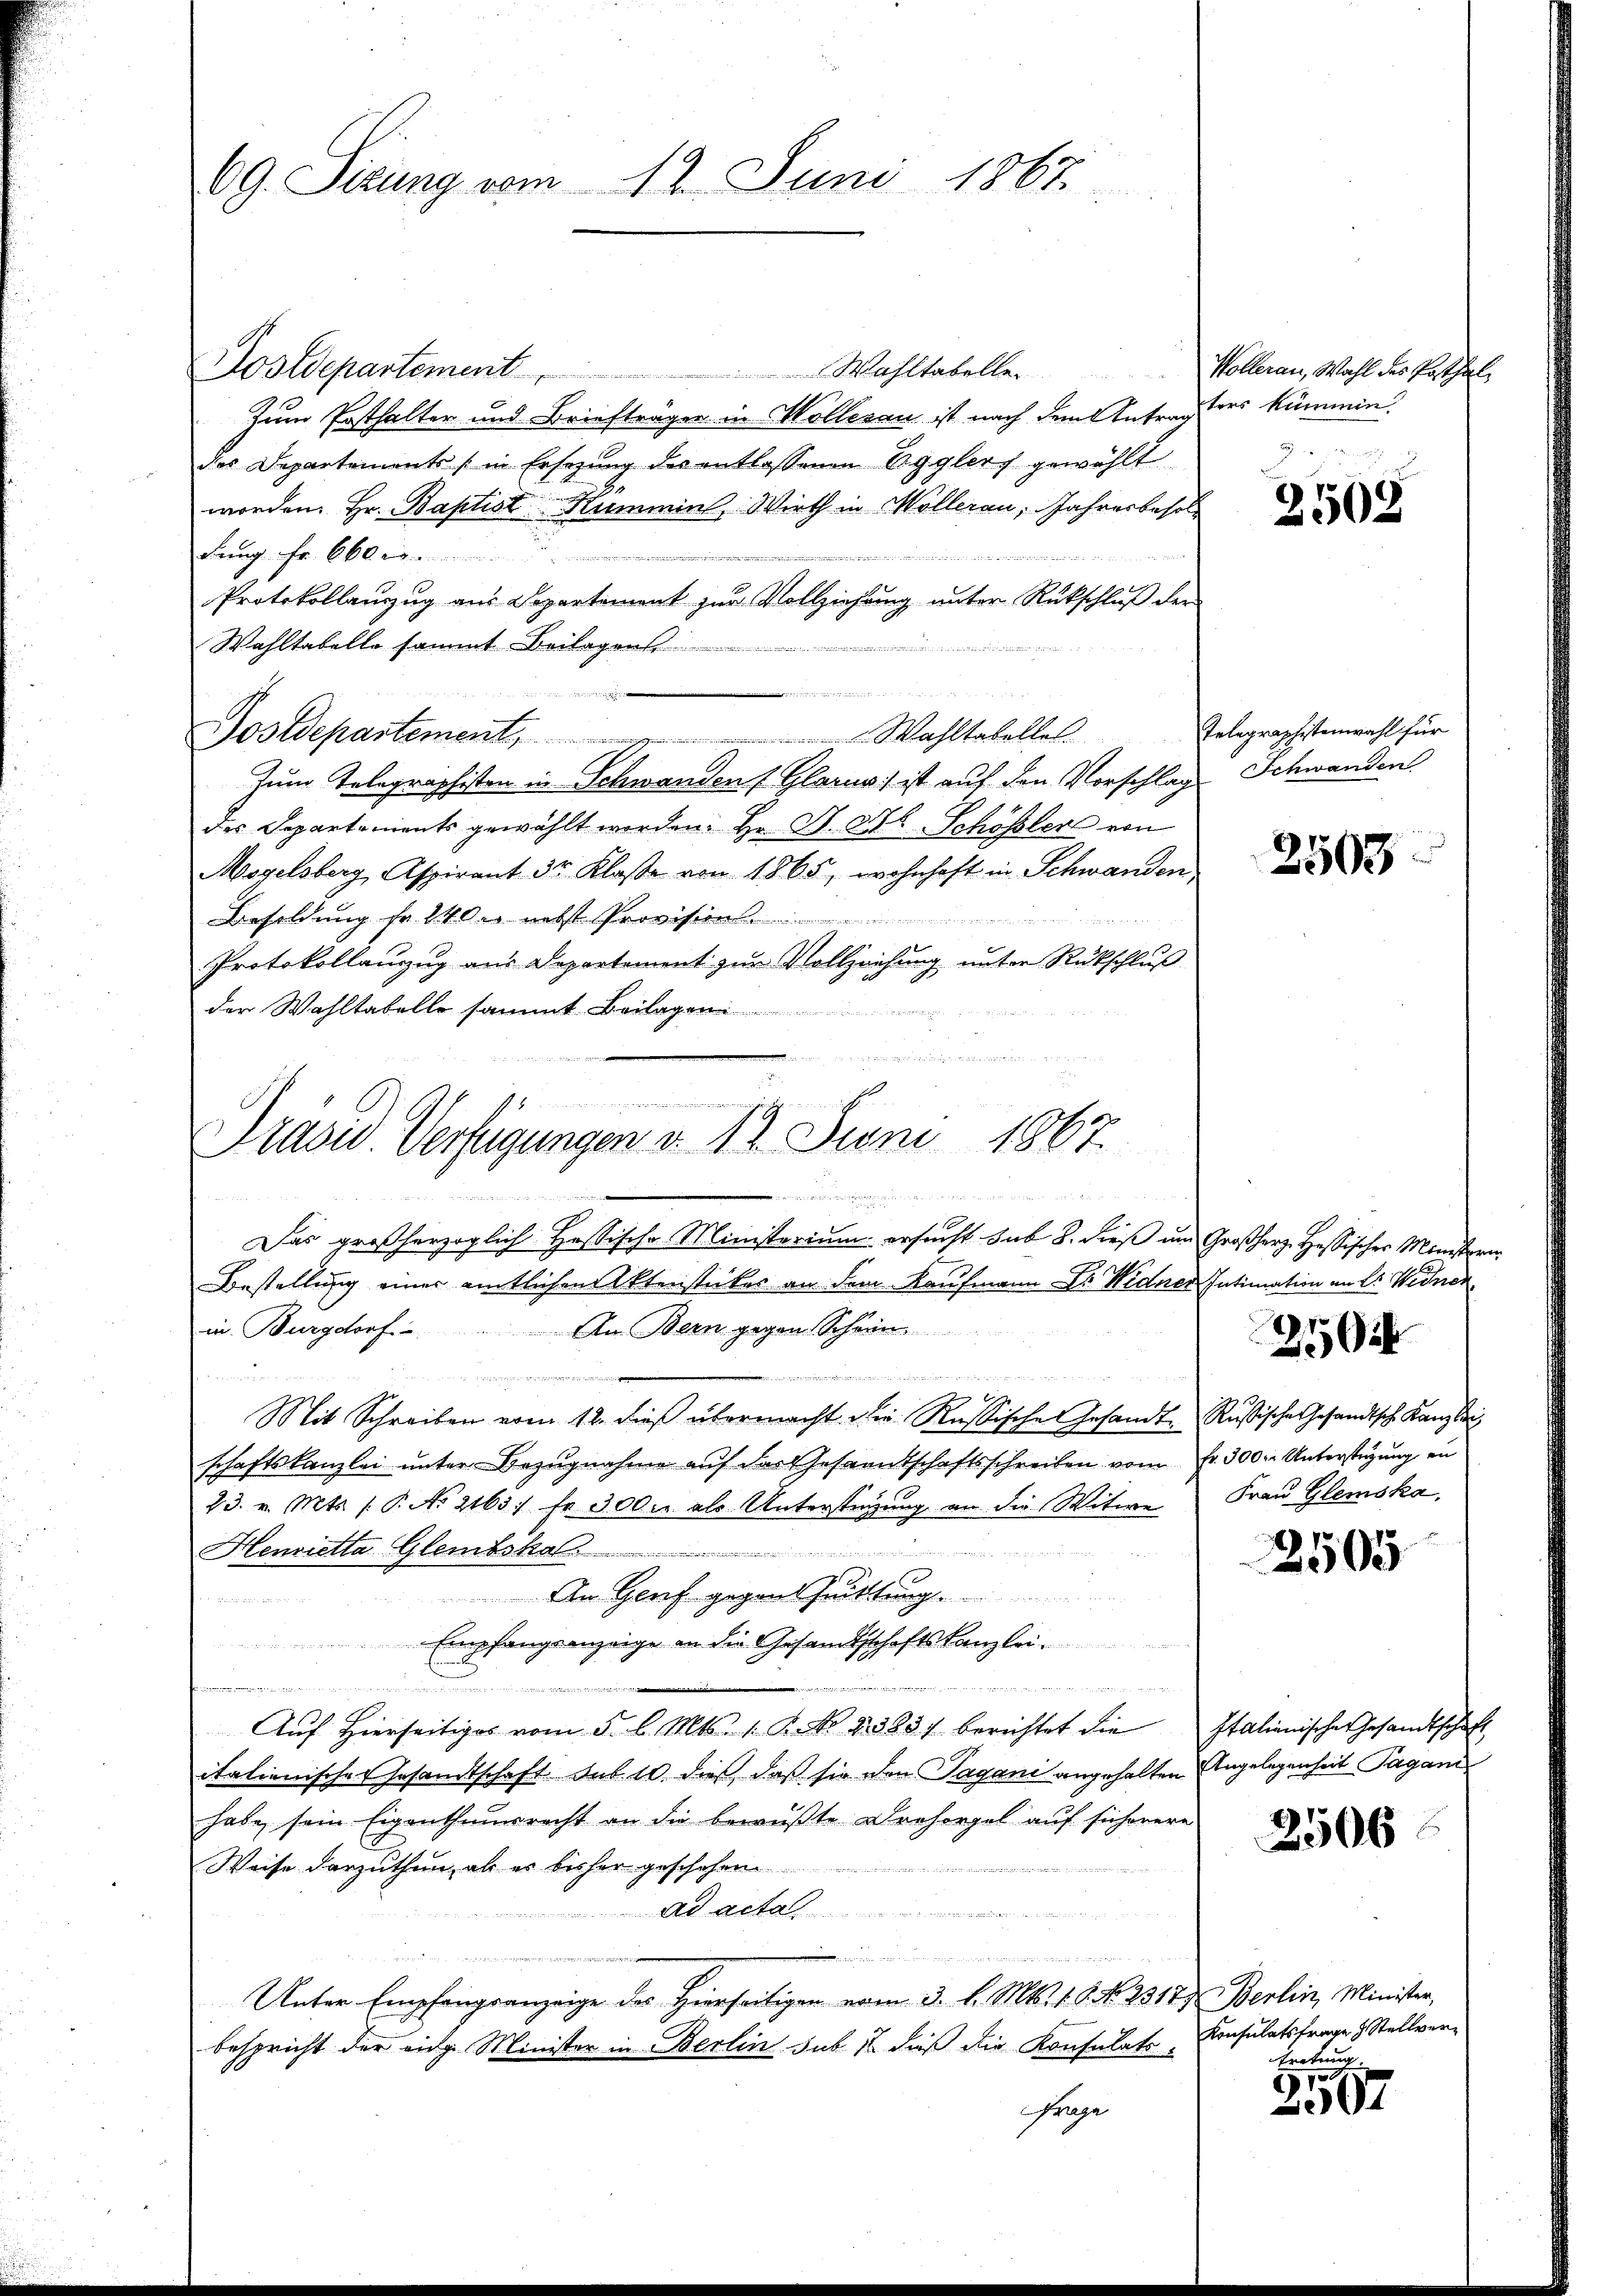
69. Sizung vom 12. Juni 1867.

Postdepartement. Wahltabelle.
Zum Posthalter und Briefträger in Möllerau ist nach dem Antragsers kümmen.
des Departements (in Ersezung des entlassenen Egglers gewählt
worden. Hr. Baptist Rummins, Wirth in Möllerau, Jahresbesoldung. Fr. 660

Protokollauszug aus Departement zur Vollziehung unter Rückschluß der
Wahltabelle sammt Beilagens
t
Postdepartement. Wahltabelles
Zum Telegraphisten in Schwanden (Glarus) ist auf den Vorschlag Schwanden
des Departements gewählt worden. Hr. S. Bl. Schössler von
Mogelsberg, Aspirant 3r Klasse von 1865, wohnhaft in Schwanden
Besoldung fr. 240 er nebst Provision
Protokollanzug aus Departement zur Vollziehung unter Rückschluß
der Wahltabello sammt Beilagen
Bestellung einer amtlichen Aktenstückes an dem Kaufmann Dr. Widerer Intimation an Sr. Wedner
in Burgdorf. An Bern gegen Schön
urde den den den der

Mit Schreiben vom 12. dieß übermacht die Rußische Gesandte Rußische Gesandtsch. Kanzlei
schaftskanzlei unter Bezugnahme auf der Gesanntschaftsschreiben vom Fr. 300. Unterstüzung an
23. v. Mts. (T. No 2163. Fr. 300 u. als Unterstützung an die Witwe

Henrietta Glembsha
An Genf gegenthuittung
t
Empfangsanzeige an die Gesandtschaftskanzlei.
wenigen unteren werden
.
den seine Entwicke der Herrn Segen hatte i
Aŭf Hierseitiges vom 5. l. Mts. 1. P. Nr. 2383/ berichtet die Italienischen Gesandtschaft
italienisches Gesamtschaft sub 10 dieß, daß sie den Tagani angehalten Angelegenheit Pagani
habe sein Eigenthumsrecht an die bewußte Drehorgel auf sicherere
Weise darzuthun, als es bisher geschehen
Ad Acta
ilen angen eingegens einer laut in seine einem unter
Unter Empfangsanzeige des Hierseitigen vom 3. l. Mts. 1. 9. No 2318. Berlin, Minister,
bespricht der eige Minister in Berlin sub 1 dieß die Konsulats-
Frage

iieren seine
Trave. Verfügungen v. 12. Juni 1867.

Das großherzoglich Hessische Ministerium ersucht sub 8. dieß um Großherz. Hessischer Minister

Wollerau, Wahl des Posthal

2508

Telegraphstenwahl für

2503

25

Frau Glemska,

2505

3506

Konsulatsfrage & Stellver¬

57